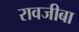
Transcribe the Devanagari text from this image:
रावजीबा